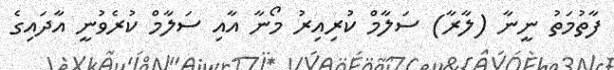
ފާތުމަތު ނީނާ (ލާރާ) ސަލާމް ކުރިއިރު މޯނާ އާއި ސަލާމް ކުރެވުނީ އާދައިގެ